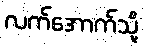
လက်အောက်သို့